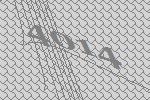
4014